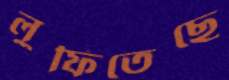
লুফিতেছে